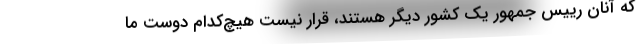
که آنان رییس جمهور یک کشور دیگر هستند، قرار نیست هیچ‌کدام دوست ما